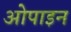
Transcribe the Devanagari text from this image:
ओपाइन